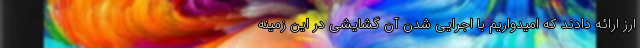
ارز ارائه دادند که امیدواریم با اجرایی شدن آن گشایشی در این زمینه